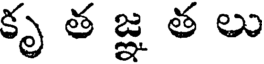
కృ త జ్ఞ త లు